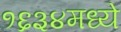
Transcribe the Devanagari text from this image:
१६३४मध्ये